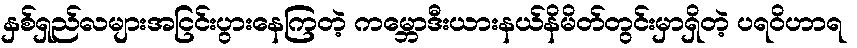
နှစ်ရှည်လများအငြင်းပွားနေကြတဲ့ ကမ္ဘောဒီးယားနယ်နိမိတ်တွင်းမှာရှိတဲ့ ပရဝိဟာရ